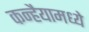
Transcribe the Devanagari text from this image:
कन्हैयामध्ये